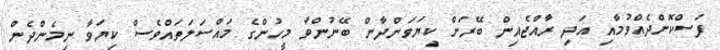
ފަސްކޮށްދެއްވުމާއި އަދި ރާއްޖެއިން ބޭރަށް ކިޔަވަންދާން ބޭނުންވާ މީހުންގެ މައްސަލަތައްވެސް ކިޔަވާ ނިމެންދެން